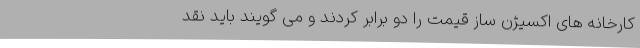
کارخانه های اکسیژن ساز قیمت را دو برابر کردند و می گویند باید نقد